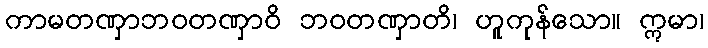
ကာမတဏှာဘဝတဏှာဝိ ဘဝတဏှာတိ၊ ဟူကုန်သော။ ဣမာ၊